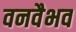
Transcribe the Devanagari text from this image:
वनवैभव